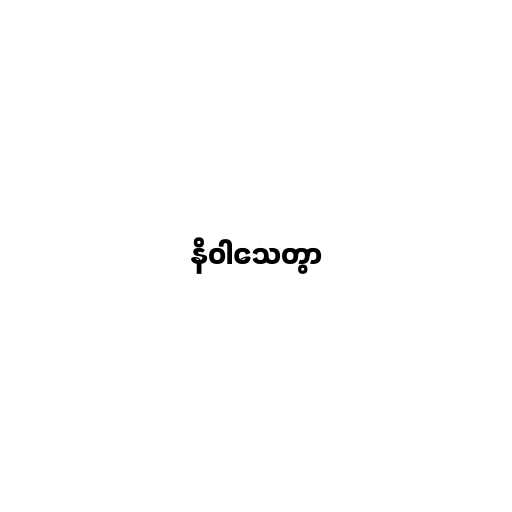
နိဝါသေတွာ